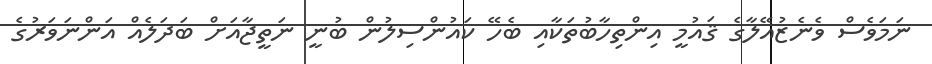
ނަމަވެސް ވެނެޒުއޭލާގެ ޤައުމީ އިންތިހާބުތަކާއި ބެހޭ ކައުންސިލުން ބުނީ ނަތީޖާއަށް ބަދަލެއް އަންނަވަރުގެ